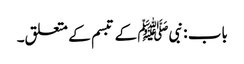
باب : نبیﷺ کے تبسم کے متعلق۔